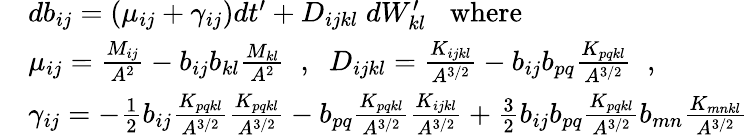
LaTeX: \begin{array}{rl}&{db_{ij}=(\mu_{ij}+\gamma_{ij})dt^{\prime}+D_{ijkl}\; dW_{kl}^{\prime}\; \; \; \mathrm{where}}\\ &{\mu_{ij}=\frac{M_{ij}}{A^{2}}-b_{ij}b_{kl}\frac{M_{kl}}{A^{2}}\; \; ,\; \; D_{ijkl}=\frac{K_{ijkl}}{A^{3/2}}-b_{ij}b_{pq}\frac{K_{pqkl}}{A^{3/2}}\; \; ,}\\ &{\gamma_{ij}=-\frac{1}{2}b_{ij}\frac{K_{pqkl}}{A^{3/2}}\frac{K_{pqkl}}{A^{3/2}}-b_{pq}\frac{K_{pqkl}}{A^{3/2}}\frac{K_{ijkl}}{A^{3/2}}+\frac{3}{2}b_{ij}b_{pq}\frac{K_{pqkl}}{A^{3/2}}b_{mn}\frac{K_{mnkl}}{A^{3/2}}}\end{array}